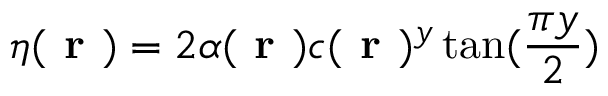
\eta ( \textbf { r } ) = 2 \alpha ( \textbf { r } ) c ( \textbf { r } ) ^ { y } \tan ( \frac { \pi y } { 2 } )